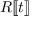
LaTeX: R [ \! [ t ] \! ]